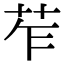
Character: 苲